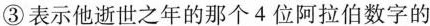
③表示他逝世之年的那个4位阿拉伯数字的